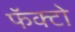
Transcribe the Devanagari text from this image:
फॅक्टो